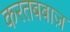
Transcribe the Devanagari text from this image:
करतबबाज़